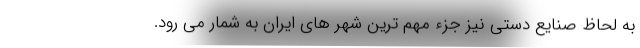
به لحاظ صنایع دستی نیز جزء مهم ترین شهر های ایران به شمار می رود.